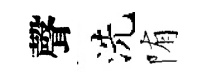
聲洗陏